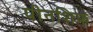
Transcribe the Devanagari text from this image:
पीनशिफ